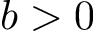
b > 0